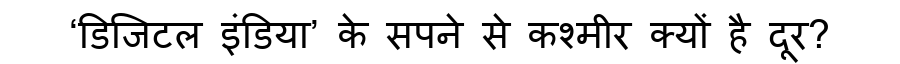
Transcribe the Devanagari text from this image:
‘डिजिटल इंडिया’ के सपने से कश्मीर क्यों है दूर?